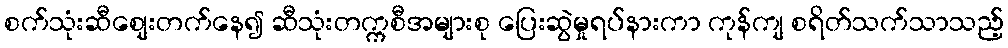
စက်သုံးဆီစျေးတက်နေ၍ ဆီသုံးတက္ကစီအများစု ပြေးဆွဲမှုရပ်နားကာ ကုန်ကျ စရိတ်သက်သာသည့်